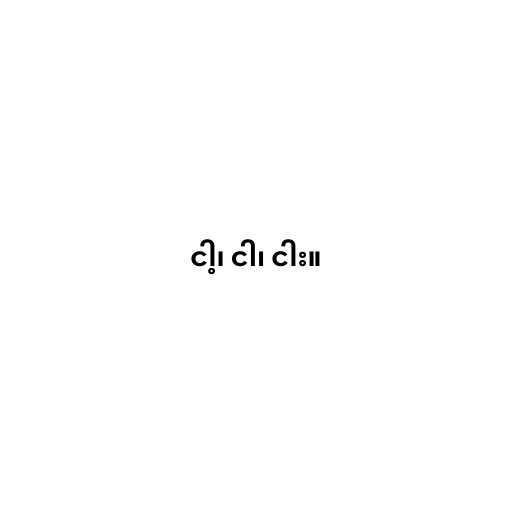
ငါ့၊ ငါ၊ ငါး။